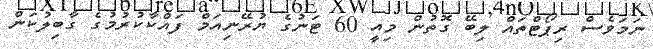
ނަމަވެސް ރިޕޯޓްތައް ލިބޭ ގޮތުން މިއީ 60 ޓަނުގެ ޔުރޭނިއަމް ފައްކާކުރުމުގެ ގާބިލުކަން